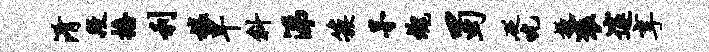
淆段播利榱早斜涕簇茅魂蜀砭吮掖褒邃享